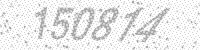
Solution: 150814